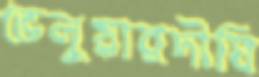
ভেলুয়ারদীঘি